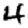
Digit: 4